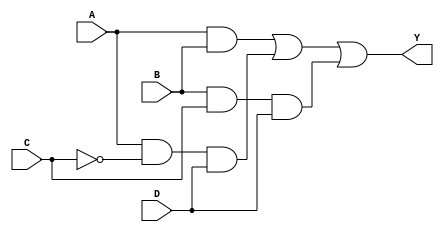
module combinational_logic_block (
    input wire A,  // Input A
    input wire B,  // Input B
    input wire C,  // Input C
    input wire D,  // Input D
    output wire Y  // Output Y
);

// Intermediate signals for minimized logic expression
wire ab, acd, bcd, not_a, not_b, not_c;

// Logic implementation based on a hypothetical minimized expression
assign not_a = ~A;          // NOT A
assign not_b = ~B;          // NOT B
assign not_c = ~C;          // NOT C

// Example logic derived from a minimized expression (for example: Y = AB + AC'D + BCD')
assign ab   = A & B;        // Term 1: AB
assign acd  = A & not_c & D; // Term 2: AC'D
assign bcd  = B & C & D;    // Term 3: BCD'

assign Y = ab | acd | bcd;  // Final output Y

endmodule